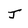
Character: J